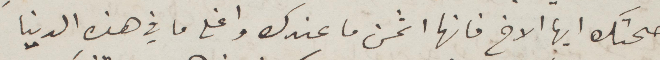
صحتك أيها الأخ فانها اثمن ما عندك واعلى ما في هذه الدنيا